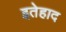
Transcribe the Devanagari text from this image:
इतेहाद